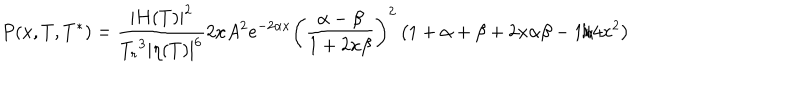
{ P ( x , T , T ^ { * } ) = { \frac { { \mid H ( T ) \mid } ^ { 2 } } { { T _ { r } } ^ { 3 } { \mid \eta ( T ) \mid } ^ { 6 } } } 2 x A ^ { 2 } e ^ { - 2 \alpha x } { \left( { \frac { \alpha - \beta } { 1 + 2 x \beta } } \right) } ^ { 2 } \left( 1 + \alpha + \beta + 2 x \alpha \beta - { 1 / { 4 x ^ { 2 } } } \right) }